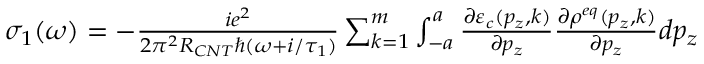
\begin{array} { r } { \sigma _ { 1 } ( \omega ) = - \frac { i e ^ { 2 } } { 2 \pi ^ { 2 } R _ { C N T } \hbar ( \omega + i / \tau _ { 1 } ) } \sum _ { k = 1 } ^ { m } \int _ { - a } ^ { a } \frac { \partial \varepsilon _ { c } ( p _ { z } , k ) } { \partial p _ { z } } \frac { \partial \rho ^ { e q } ( p _ { z } , k ) } { \partial p _ { z } } d p _ { z } } \end{array}